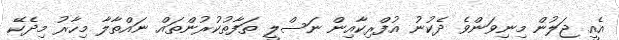
އެއީ ޖަލުން މިނިވަންވެ ދެކުނު އުފްރިކާއިން ނަސްލީ ތަފާތުކުރުންތައް ނައްތާލާ މިހާރު މިދެކޭ